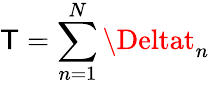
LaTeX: \mathsf{T}=\sum_{n=1}^{N}\Deltat_{n}